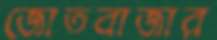
জোতবাজার